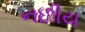
નછીય